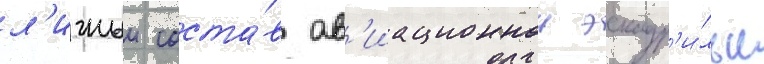
л'ичныи соста́в ав'иационнои эскадр'и́льи